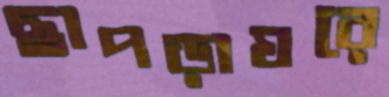
ছাপড়াঘরে